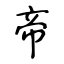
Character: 帝